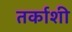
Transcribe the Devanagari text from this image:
तर्काशी